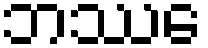
ဘဿေ